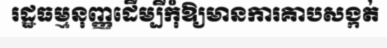
រដ្ឋធម្មនុញ្ញដើម្បីកុំឱ្យមានការគាបសង្កត់